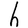
Character: h